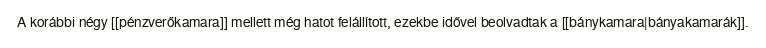
A korábbi négy [[pénzverőkamara]] mellett még hatot felállított, ezekbe idővel beolvadtak a [[bánykamara|bányakamarák]].